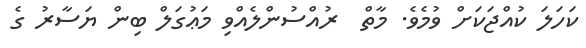
ކަހަލަ ކުއްޖަކަށް ވުމެވެ. މާތް  ރުއްސުންލެއްވި މަޢުގަލް ބިން ޔަސާރު ގެ